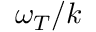
\omega _ { T } / k